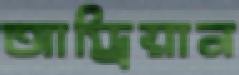
আড্রিয়ান